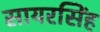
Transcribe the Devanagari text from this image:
सायरसिंह